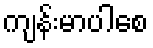
ကျန်းမာပါစေ